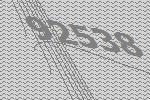
92538